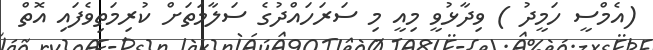
(އެމްސީ ހަމީދު ) ވިދާޅުވީ މިއީ މި ސަރަހައްދުގެ ސަލާމަތަށް ކުރިމަތިވެފައި އޮތް